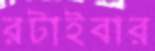
রটাইবার